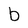
Character: b